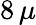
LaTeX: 8\, \mu